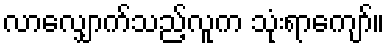
လာလျှောက်သည့်လူက သုံးရာကျော်။